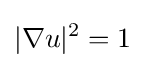
|\nabla u|^{2}=1